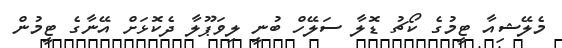
މެލޭޝިއާ ޓީމުގެ ކޯޗު ޑޮލާ ސަލޭހް ބުނީ ލިވަޕޫލާ ދެކޮޅަށް އޭނާގެ ޓީމުން